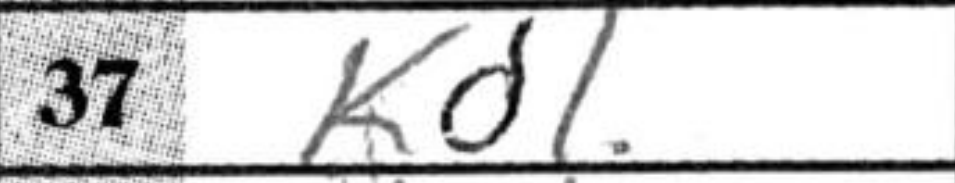
Transcription: Kd1